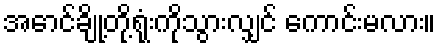
အောင်ချို့တို့ရုံးကိုသွားလျှင် ကောင်းမလား။